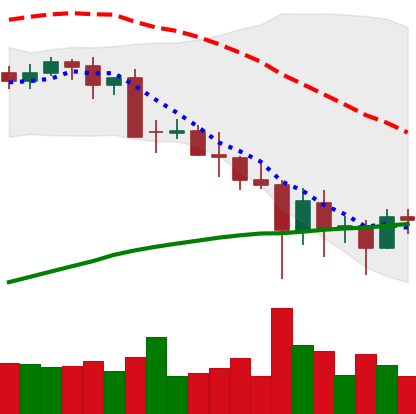
Ticker: BTC-USD
Chart end date: 2021-05-25
Forward return: -7.094%
Label: down_7plus